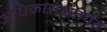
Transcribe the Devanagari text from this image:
अधिकाराअंतर्गत